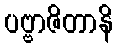
ပဗ္ဗာဇိတာနိ